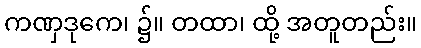
ကဏှဒုကေ၊ ၌။ တထာ၊ ထို့ အတူတည်း။